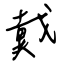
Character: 戴